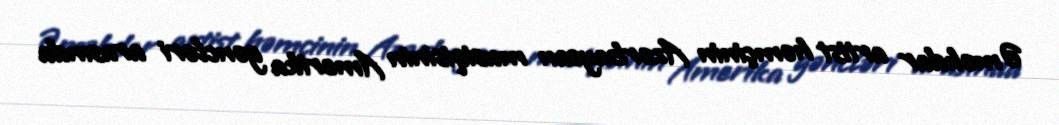
Əməkdar artist həmçinin Azərbaycan musiqisinin Amerika gəncləri arasında